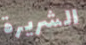
الشريرة